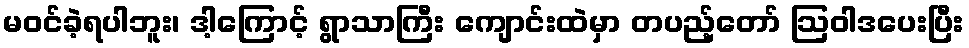
မဝင်ခဲ့ရပါဘူး၊ ဒါ့ကြောင့် ရွာသာကြီး ကျောင်းထဲမှာ တပည့်တော် ဩဝါဒပေးပြီး